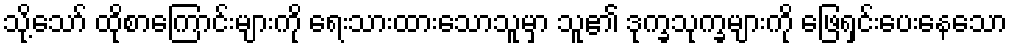
သို့သော် ထိုစာကြောင်းများကို ရေးသားထားသောသူမှာ သူ၏ ဒုက္ခသုက္ခများကို ဖြေရှင်းပေးနေသော